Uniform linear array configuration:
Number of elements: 24
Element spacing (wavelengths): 0.5
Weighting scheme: hann
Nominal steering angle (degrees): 45
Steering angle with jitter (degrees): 46.712
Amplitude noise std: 0.05
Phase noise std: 0.05

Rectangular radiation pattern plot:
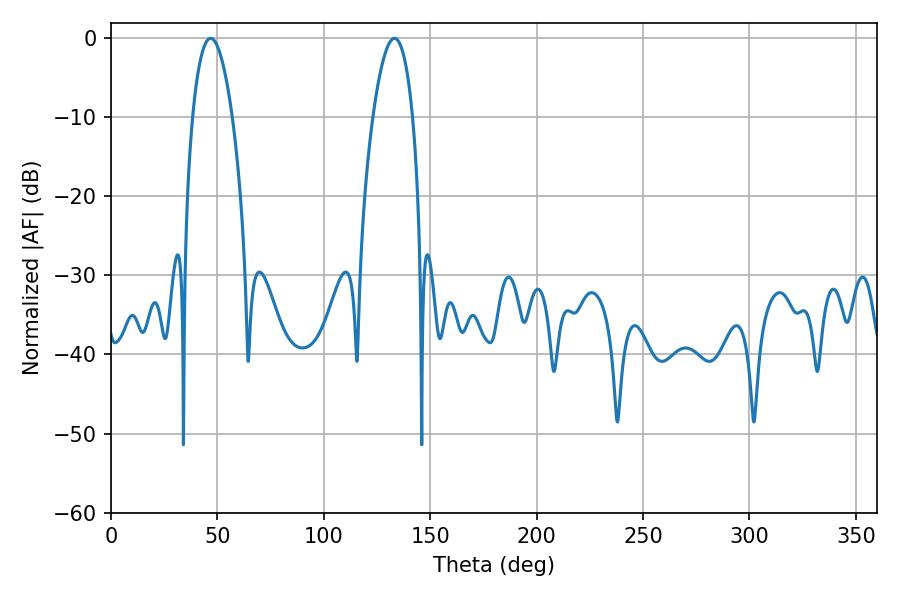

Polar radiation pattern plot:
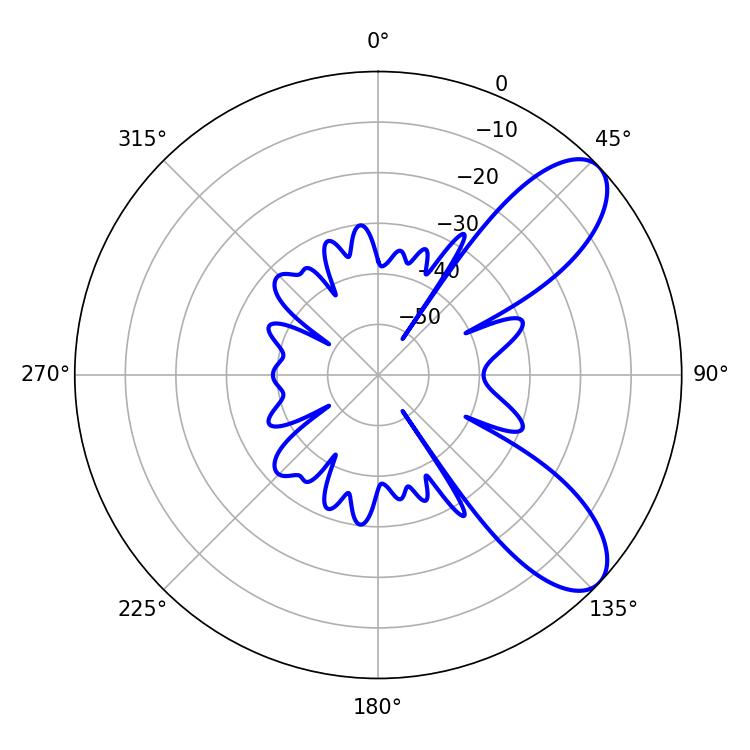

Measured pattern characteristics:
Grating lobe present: FALSE
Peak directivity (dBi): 8.493
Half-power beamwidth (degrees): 10.26
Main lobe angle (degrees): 46.8